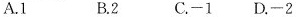
A.1 B.2 C.-1 D.-2